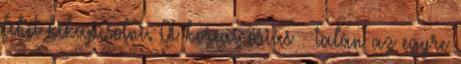
lehet kikapcsolni. A koreai óriás – talán az egyre